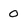
Character: 0